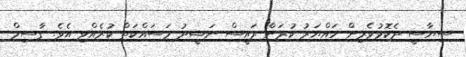
ސިޔާސީ ދެކޮޅުވެރިން ހައްޔަރު ކުރަން ރައީސް ނަޝީދު މަސައްކަތް ކުރެއްވި އެވެ. ގާސިމް